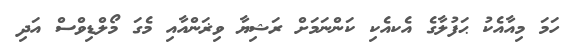
ހަމަ މިއާއެކު ޙަފުލާގެ އެކއެކި ކަންނަމަށް ރަޝިޔާ ވިޜަންއާއި މެގަ މޯލްޑިވްސް އަދި